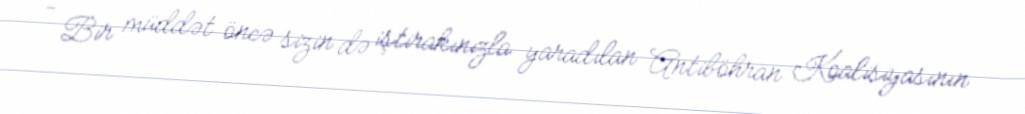
- Bir müddət öncə sizin də iştirakınızla yaradılan Antiböhran Koalisiyasının